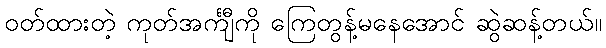
ဝတ်ထားတဲ့ ကုတ်အင်္ကျီကို ကြေတွန့်မနေအောင် ဆွဲဆန့်တယ်။